Epidemic dropsy in Calcutta - Number 49
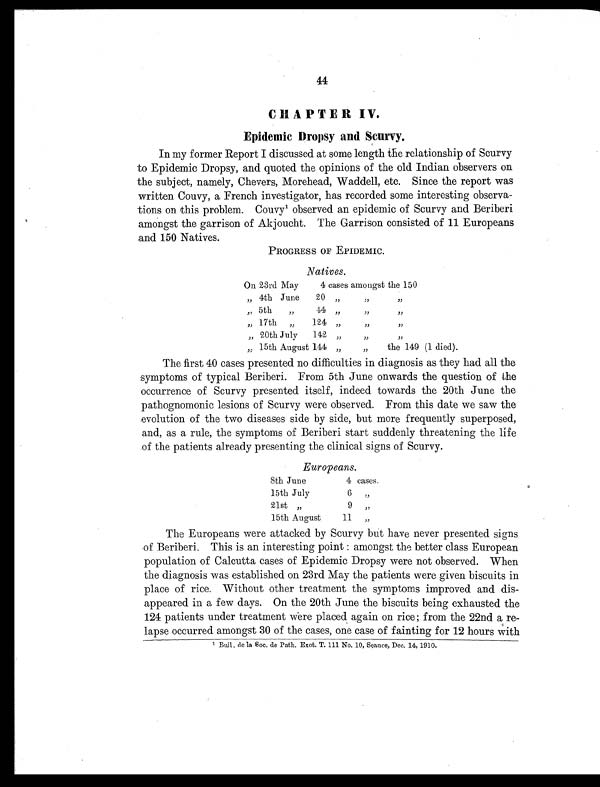
44
CHAPTER IV.
Epidemic Dropsy and Scurvy.
In my former Report I discussed at some length the relationship of Scurvy
-to Epidemic Dropsy, and quoted the opinions of the old Indian observers on
the subject, namely, Chevers, Morehead, Waddell, etc. Since the report was
written Couvy, a French investigator, has recorded some interesting observa
-tions on this problem. Couvy 1 observed an epidemic of Scurvy and Beriberi
amongst the garrison of Akjoucht. The Garrison consisted of 11 Europeans
and 150 Natives.
PROGRESS OF EPIDEMIC.
Natives.
On 23rd May
4 cases amongst the 150
„ 4th June
20 „
„
, ,
„ 5th
„
44 „
„
, ,
„ 17th „
124 „
„
, ,
„ 20th July
142 „
„
,,
„ 15th August 144 „
„
the 149 (1 died).
The first 40 cases presented no difficulties in diagnosis as they had all the
symptoms of typical Beriberi. From 5th June onwards the question of the
occurrence of Scurvy presented itself, indeed towards the 20th June the
pathognomonic lesions of Scurvy were observed. From this date we saw the
evolution of the two diseases side by side, but more frequently superposed,
and, as a rule, the symptoms of Beriberi start suddenly threatening the life
of the patients already presenting the clinical signs of Scurvy.
Europeans.
8th June
4 cases.
15th July
6 ,,
21st „
9 ,,
15th August
11 ,,
The Europeans were attacked by Scurvy but have never presented signs
of Beriberi. This is an interesting point : amongst the better class European
population of Calcutta cases of Epidemic Dropsy were not observed. When
the diagnosis was established on 23rd May the patients were given biscuits in
place of rice. Without other treatment the symptoms improved and dis-
appeared in a few days. On the 20th June the biscuits being exhausted the
124 patients under treatment were placed again on rice; from the 22nd a re-
lapse occurred amongst 30 of the cases, one case of fainting for 12 hours with
1Bull , de la Soc. de Path. Exot. T. 111 No. 10, Seance, Dec. 14, 1910.